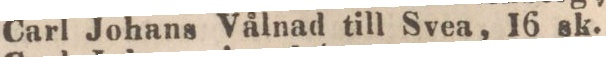
Carl Johans Vålnad till Svea, 16 sk.